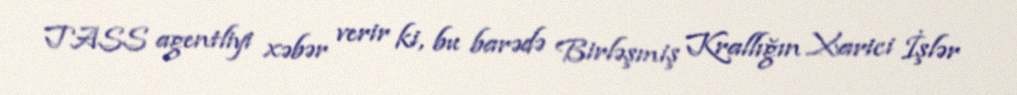
TASS agentliyi xəbər verir ki, bu barədə Birləşmiş Krallığın Xarici İşlər